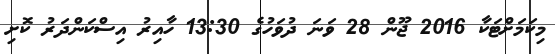
މިކަމަށްޓަކާ 2016 ޖޫން 28 ވަނަ ދުވަހުގެ 13:30 ހާއިރު އިސްކަންދަރު ކޮށި